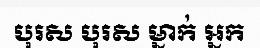
បុរស បុរស ម្នាក់ អ្នក